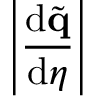
\left| \frac { \mathrm { d } \tilde { \mathbf { q } } } { \mathrm { d } \eta } \right|